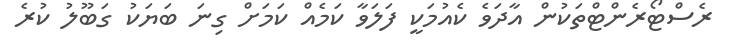
ރެސްޓޯރެންޓްތަކުން އާދަވެ ކެއުމަކީ ފަލަވާ ކަމެއް ކަމަށް ގިނަ ބަޔަކު ގަބޫލު ކުރެ